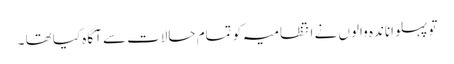
تو پہلواناندہ والوں نے انتظامیہ کو تمام حالات سے آگاہ کیا تھا ۔